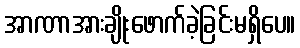
အာဏာအားချိုးဖောက်ခဲ့ခြင်းမရှိပေ။